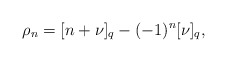
\begin{align*} \rho_n=[n+\nu]_{q}-(-1)^{n}[\nu]_{q},\end{align*}